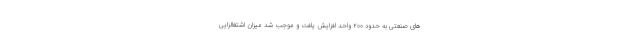
های صنعتی به حدود ۲۰۰ واحد افزایش یافت و موجب شد میزان اشتغالزایی